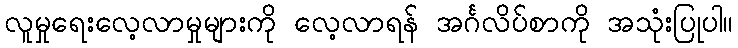
လူမှုရေးလေ့လာမှုများကို လေ့လာရန် အင်္ဂလိပ်စာကို အသုံးပြုပါ။